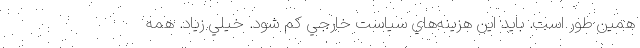
همين ‌طور است. بايد اين هزينه‌هاي سياست خارجي كم شود. خيلي زياد. همه